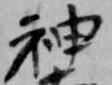
神